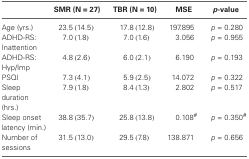
<table><thead><tr><td></td><td><b>SMR (N = 27)</b></td><td><b>TBR (N = 10)</b></td><td><b>MSE</b></td><td><b><i>p</i>-value</b></td></tr></thead><tbody><tr><td>Age (yrs.)</td><td>23.5(14.5)</td><td>17.8(12.8)</td><td>197.895</td><td><i>p</i> = 0.280</td></tr><tr><td>ADHD-RS: Inattention</td><td>7.0(1.8)</td><td>7.0(1.6)</td><td>3.056</td><td><i>p</i> = 0.955</td></tr><tr><td>ADHD-RS: Hyp/Imp</td><td>4.8(2.6)</td><td>6.0(2.1)</td><td>6.190</td><td><i>p</i> = 0.193</td></tr><tr><td>PSQI</td><td>7.3(4.1)</td><td>5.9(2.5)</td><td>14.072</td><td><i>p</i> = 0.322</td></tr><tr><td>Sleep duration (hrs.)</td><td>7.9(1.8)</td><td>8.4(1.3)</td><td>2.802</td><td><i>p</i> = 0.517</td></tr><tr><td>Sleep onset latency (min.)</td><td>38.8(35.7)</td><td>25.8(13.8)</td><td>0.108<sup>#</sup></td><td><i>p</i> = 0.350<sup>#</sup></td></tr><tr><td>Number of sessions</td><td>31.5(13.0)</td><td>29.5(7.8)</td><td>138.871</td><td><i>p</i> = 0.656</td></tr></tbody></table>